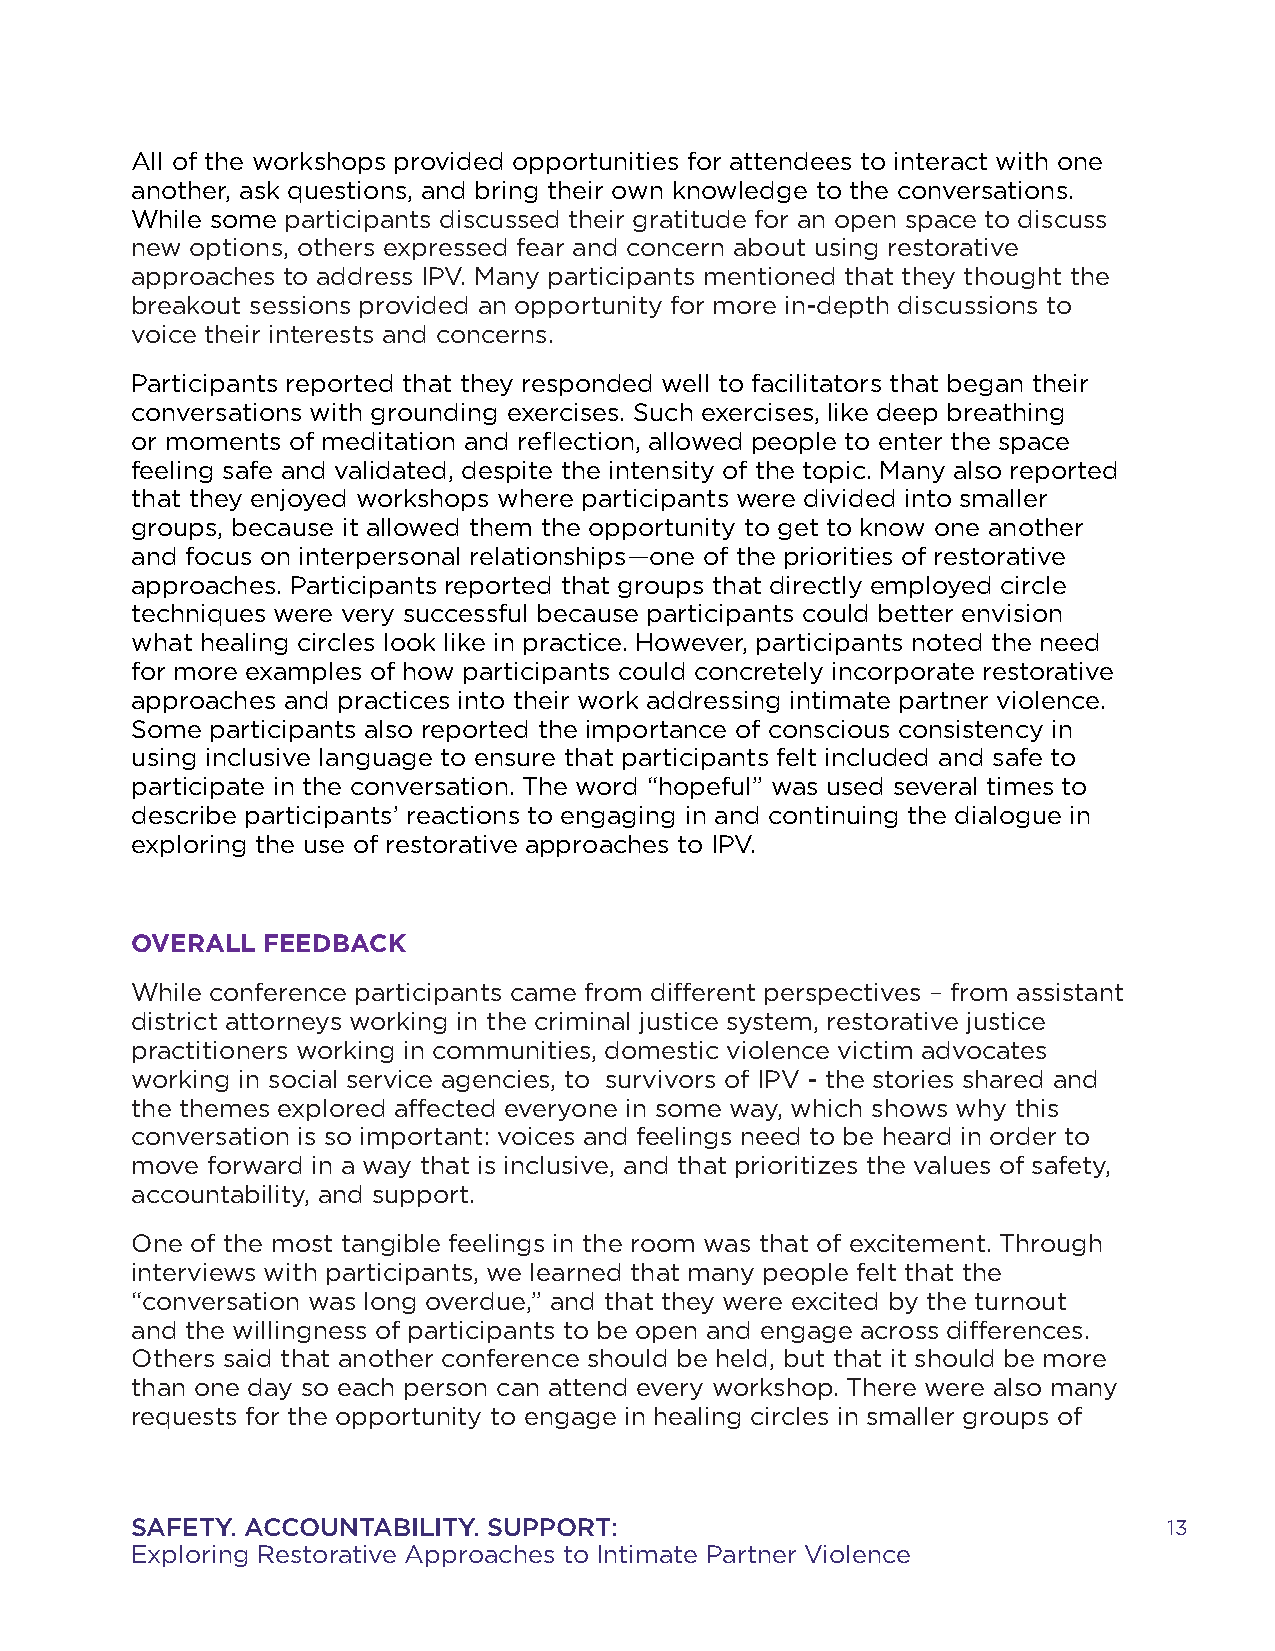
All of the workshops provided opportunities for attendees to interact with one
 another, ask questions, and bring their own knowledge to the conversations.
 While some participants discussed their gratitude for an open space to discuss
 new options, others expressed fear and concern about using restorative
 approaches to address IPV. Many participants mentioned that they thought the
 breakout sessions provided an opportunity for more in-depth discussions to
 voice their interests and concerns.
 Participants reported that they responded well to facilitators that began their
 conversations with grounding exercises. Such exercises, like deep breathing
 or moments of meditation and reflection, allowed people to enter the space
 feeling safe and validated, despite the intensity of the topic. Many also reported
 that they enjoyed workshops where participants were divided into smaller
 groups, because it allowed them the opportunity to get to know one another
 and focus on interpersonal relationships—one of the priorities of restorative
 approaches. Participants reported that groups that directly employed circle
 techniques were very successful because participants could better envision
 what healing circles look like in practice. However, participants noted the need
 for more examples of how participants could concretely incorporate restorative
 approaches and practices into their work addressing intimate partner violence.
 Some participants also reported the importance of conscious consistency in
 using inclusive language to ensure that participants felt included and safe to
 participate in the conversation. The word “hopeful” was used several times to
 describe participants’ reactions to engaging in and continuing the dialogue in
 exploring the use of restorative approaches to IPV.
 OVERALL FEEDBACK
 While conference participants came from different perspectives – from assistant
 district attorneys working in the criminal justice system, restorative justice
 practitioners working in communities, domestic violence victim advocates
 working in social service agencies, to survivors of IPV - the stories shared and
 the themes explored affected everyone in some way, which shows why this
 conversation is so important: voices and feelings need to be heard in order to
 move forward in a way that is inclusive, and that prioritizes the values of safety,
 accountability, and support.
 One of the most tangible feelings in the room was that of excitement. Through
 interviews with participants, we learned that many people felt that the
 “conversation was long overdue,” and that they were excited by the turnout
 and the willingness of participants to be open and engage across differences.
 Others said that another conference should be held, but that it should be more
 than one day so each person can attend every workshop. There were also many
 requests for the opportunity to engage in healing circles in smaller groups of
 SAFETY. ACCOUNTABILITY. SUPPORT:                                    13
 Exploring Restorative Approaches to Intimate Partner Violence